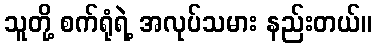
သူတို့ စက်ရုံရဲ့ အလုပ်သမား နည်းတယ်။